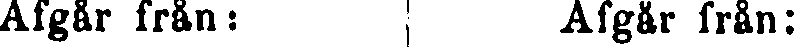
Afgår från: Afgår från: